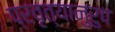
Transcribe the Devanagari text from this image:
प्रवृत्यानुरुप